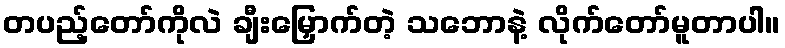
တပည့်တော်ကိုလဲ ချီးမြှောက်တဲ့ သဘောနဲ့ လိုက်တော်မူတာပါ။